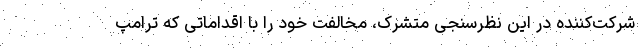
شرکت‌کننده در این نظرسنجی متشرک، مخالفت خود را با اقداماتی که ترامپ